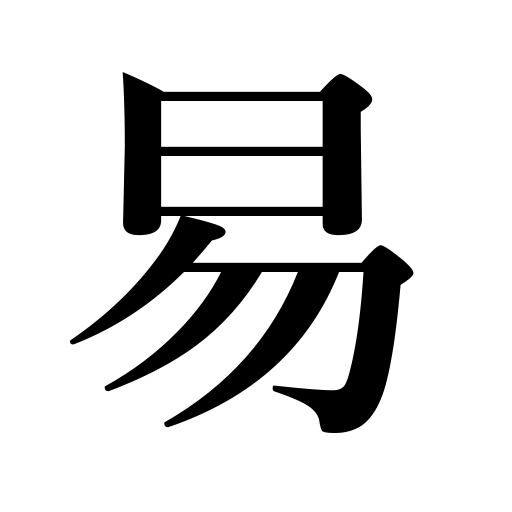
Meanings: fortunetelling,light,divination,habitual,easiness,easy,simple,augury